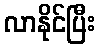
လာနိုင်ပြီး